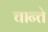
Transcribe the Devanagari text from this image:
चान्ते